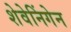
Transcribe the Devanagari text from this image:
शेवेनिंगेन